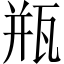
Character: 瓶